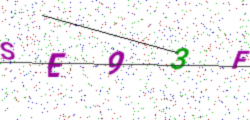
Text: SE93F